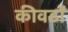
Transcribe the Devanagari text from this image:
कीवर्डों